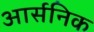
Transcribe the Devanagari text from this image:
आर्सनिक